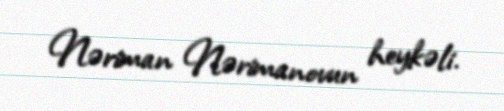
Nəriman Nərimanovun heykəli.